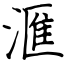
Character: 滙